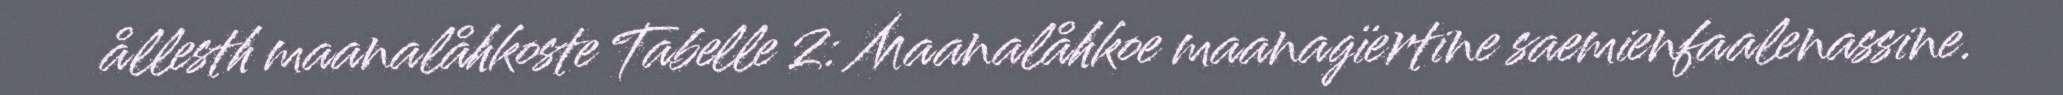
ållesth maanalåhkoste Tabelle 2: Maanalåhkoe maanagïertine saemienfaalenassine.